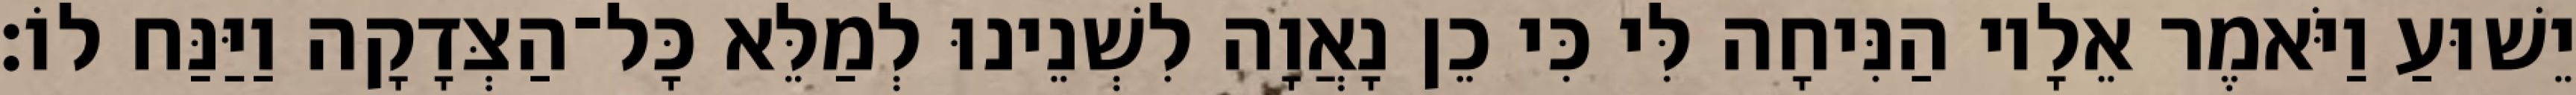
יֵשׁוּעַ וַיֹּאמֶר אֵלָיו הַנִּיחָה לִּי כִּי כֵן נָאֲוָה לִשְׁנֵינוּ לְמַלֵּא כָּל־הַצְּדָקָה וַיַּנַּח לוֹ׃